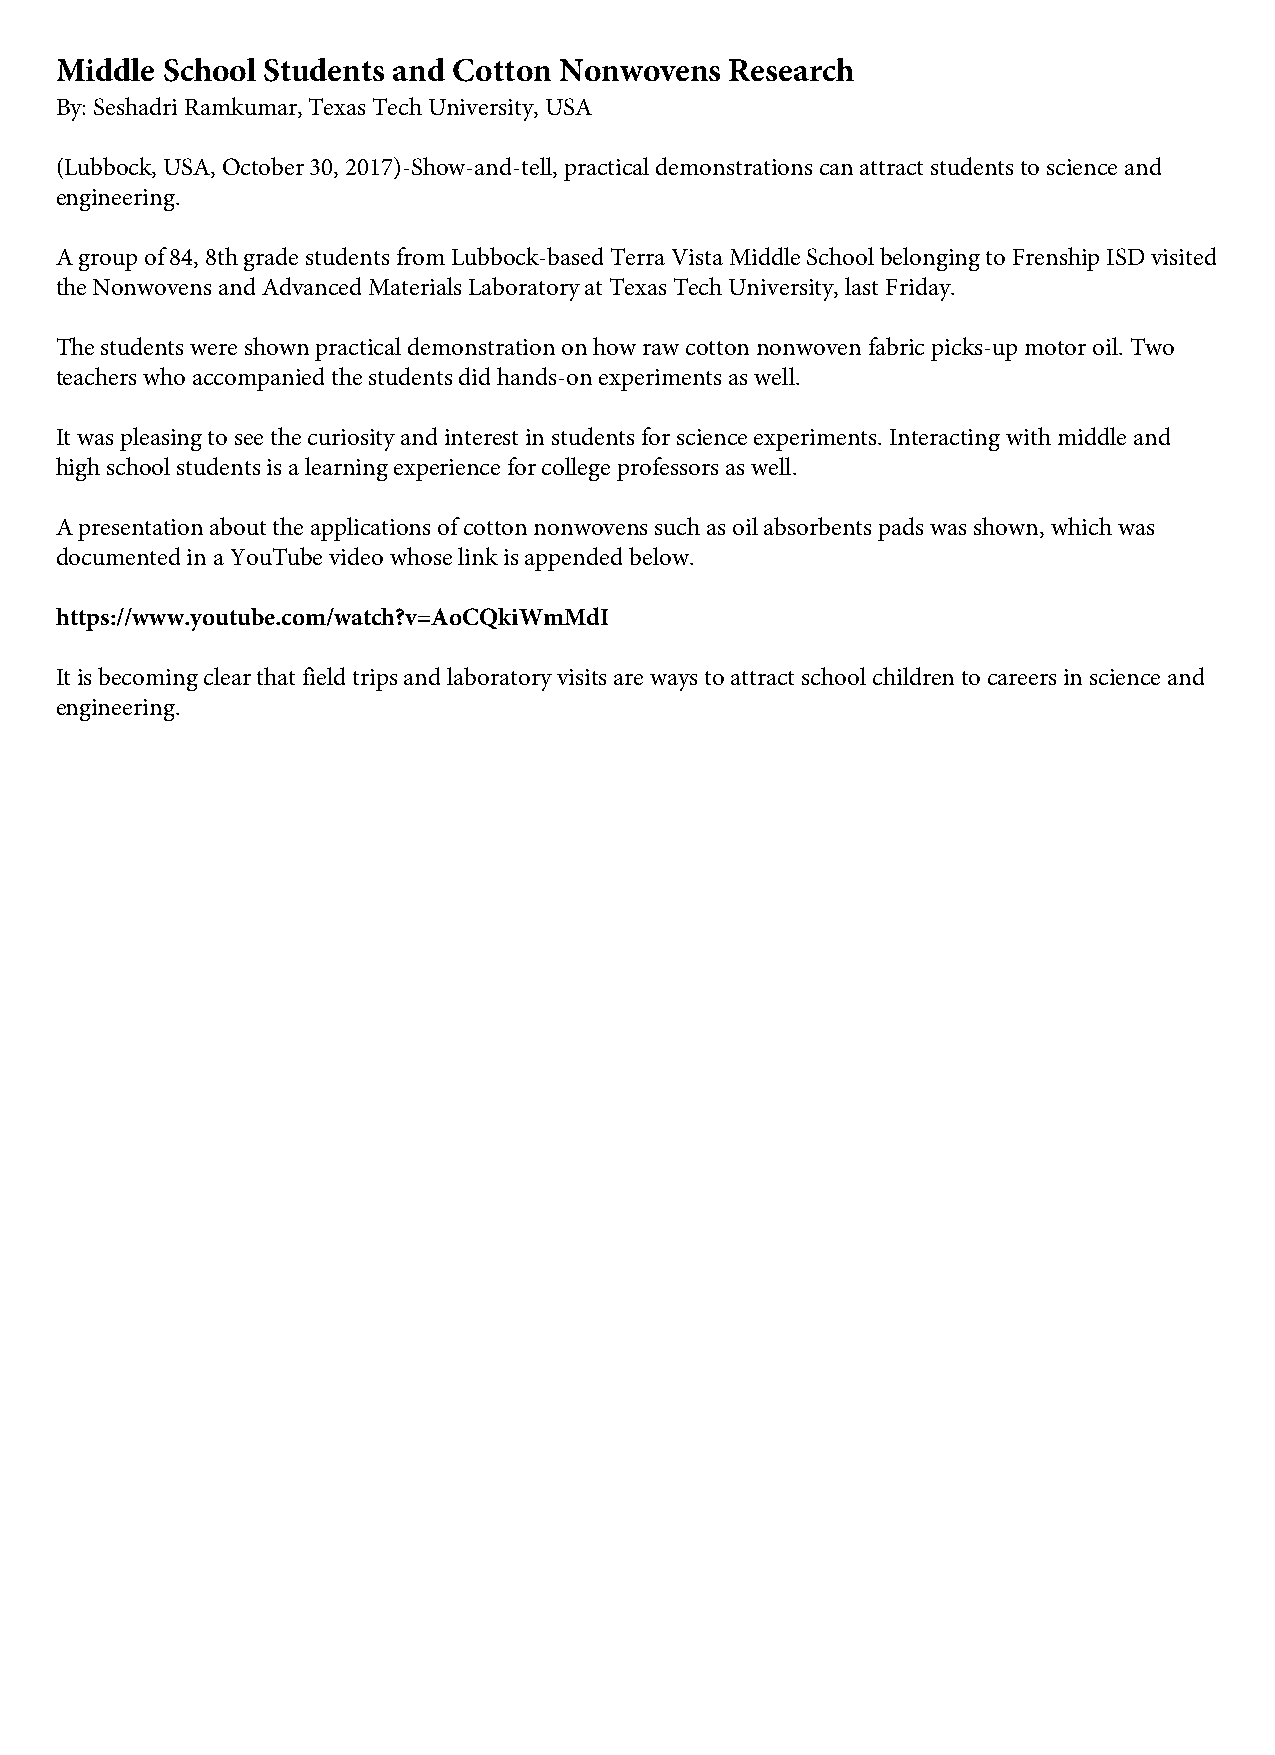
Middle School Students and Cotton Nonwovens Research
 By: Seshadri Ramkumar, Texas Tech University, USA
 (Lubbock, USA, October 30, 2017)-Show-and-tell, practical demonstrations can attract students to science and
 engineering.
 A group of 84, 8th grade students from Lubbock-based Terra Vista Middle School belonging to Frenship ISD visited
 the Nonwovens and Advanced Materials Laboratory at Texas Tech University, last Friday.
 The students were shown practical demonstration on how raw cotton nonwoven fabric picks-up motor oil. Two
 teachers who accompanied the students did hands-on experiments as well.
 It was pleasing to see the curiosity and interest in students for science experiments. Interacting with middle and
 high school students is a learning experience for college professors as well.
 A presentation about the applications of cotton nonwovens such as oil absorbents pads was shown, which was
 documented in a YouTube video whose link is appended below.
 https://www.youtube.com/watch?v=AoCQkiWmMdI
 It is becoming clear that field trips and laboratory visits are ways to attract school children to careers in science and
 engineering.